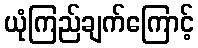
ယုံကြည်ချက်ကြောင့်